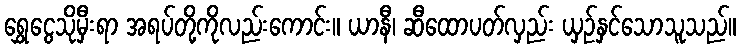
ရွှေငွေသိုမှီးရာ အရပ်တို့ကိုလည်းကောင်း။ ယာနီ၊ ဆီထောပတ်လှည်း ယှဉ်နှင်သောသူသည်။